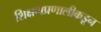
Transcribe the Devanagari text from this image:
शिक्षणप्रणालीकडून